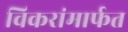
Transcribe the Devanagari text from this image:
विकरांमार्फत